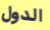
الدول